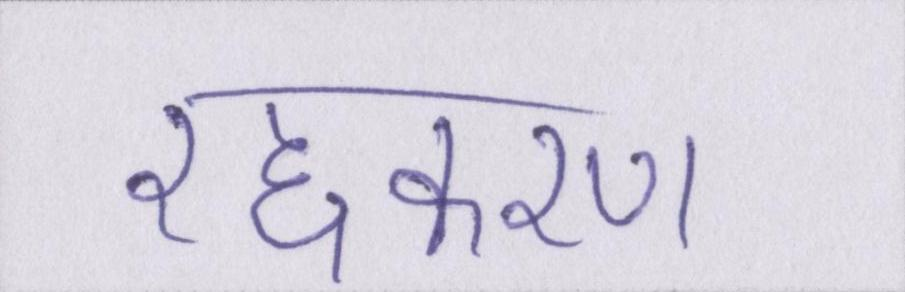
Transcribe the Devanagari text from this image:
रद्दकरण